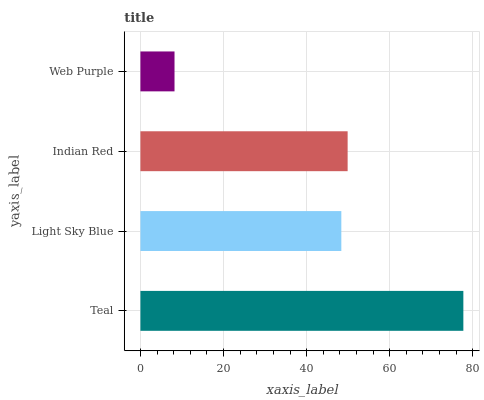
| yaxis_label | bars |
 | --- | --- |
 | Teal | 77.7 |
 | Light Sky Blue | 48.4 |
 | Indian Red | 49.9 |
 | Web Purple | 8.21 |